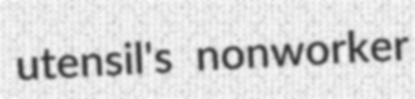
utensil's nonworker